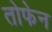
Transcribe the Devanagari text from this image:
तोफेन